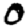
Digit: 0